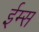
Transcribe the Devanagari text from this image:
ईम्स